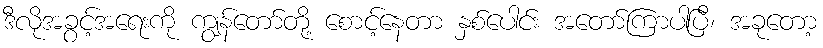
ဒီလိုအခွင့်အရေးကို ကျွန်တော်တို့ စောင့်နေတာ နှစ်ပေါင်း အတော်ကြာပါပြီ၊ အခုတော့